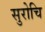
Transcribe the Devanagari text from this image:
सुरोचि